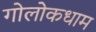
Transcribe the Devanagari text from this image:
गोलोकधाम